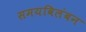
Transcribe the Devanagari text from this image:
समयविलंबन